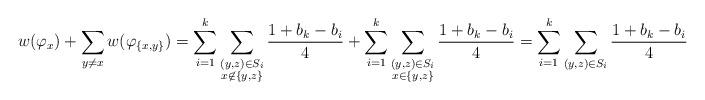
LaTeX: \begin{align*}w(\varphi_{x})+\sum_{y\neq x}w(\varphi_{\{x,y\}})=\sum_{i=1}^{k}\sum_{\substack{(y,z)\in S_{i}\\x\not\in\{y,z\}}}\frac{1+b_{k}-b_{i}}{4}+\sum_{i=1}^{k}\sum_{\substack{(y,z)\in S_{i}\\x\in\{y,z\}}}\frac{1+b_{k}-b_{i}}{4}=\sum_{i=1}^{k}\sum_{(y,z)\in S_{i}}\frac{1+b_{k}-b_{i}}{4}\end{align*}